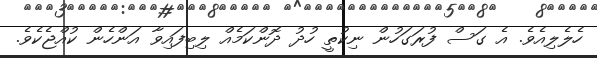
ހެލެލިއެވެ. އެ ގަސް ފުރަގަހުން ނިކުތީ ހުދު ދޮންކަމެއް ލިބިފައިވާ އަންހެން ކުއްޖެކެވެ.